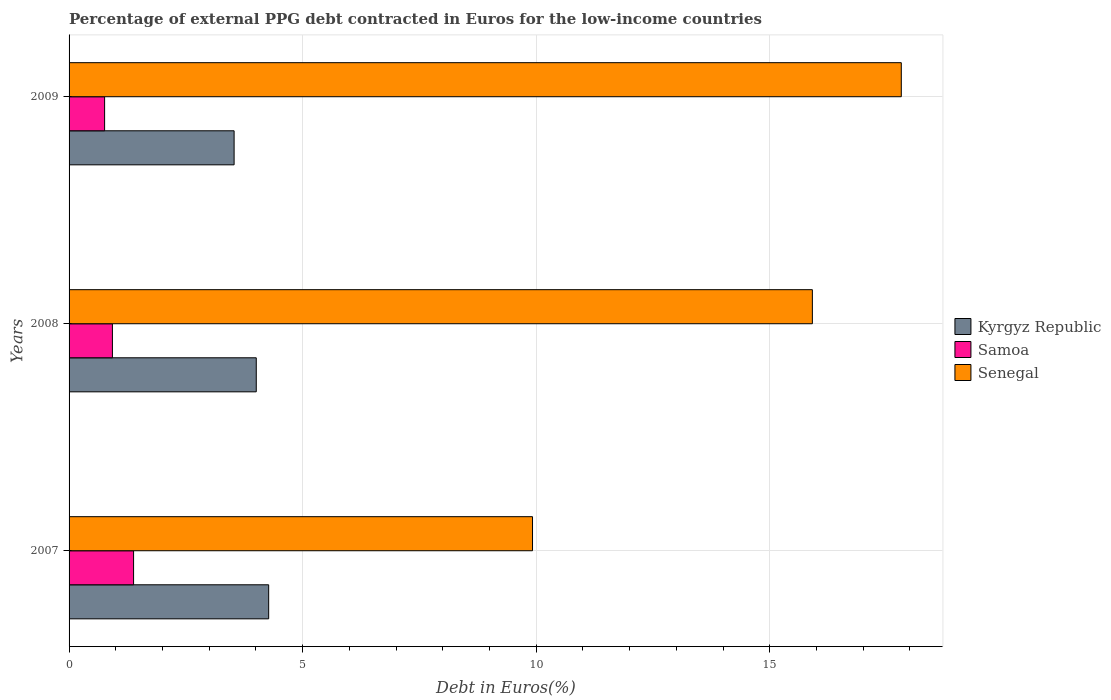
| Years | Kyrgyz Republic | Samoa | Senegal |
 | --- | --- | --- | --- |
 | 2007 | 4.27 | 1.38 | 9.92 |
 | 2008 | 4.01 | 0.928 | 15.9 |
 | 2009 | 3.53 | 0.761 | 17.8 |